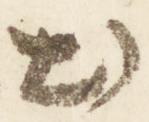
出